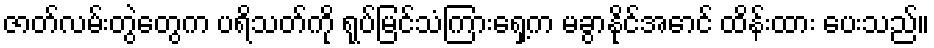
ဇာတ်လမ်းတွဲတွေက ပရိသတ်ကို ရုပ်မြင်သံကြားရှေ့က မခွာနိုင်အောင် ထိန်းထား ပေးသည်။